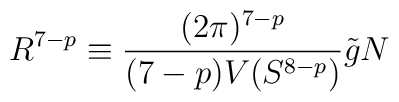
R^{7-p} \equiv  \frac{(2\pi)^{7-p}}{(7-p) V( S^{8-p} )} \tilde{g} N